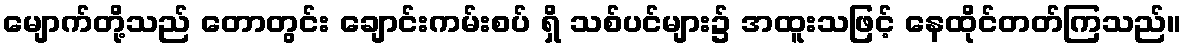
မျောက်တို့သည် တောတွင်း ချောင်းကမ်းစပ် ရှိ သစ်ပင်များ၌ အထူးသဖြင့် နေထိုင်တတ်ကြသည်။